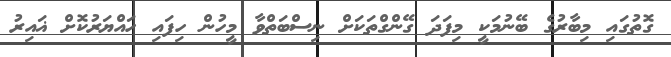
ގޮތުގައި މިބާރުގެ ބޭނުމަކީ މިފަދަ ގޭންގްތަކަށް ނިސްބަތްވާ މީހުން ހިފައި ހައްޔަރުކޮށް ޣައިރު